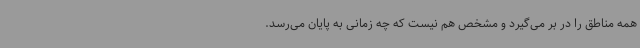
همه مناطق را در بر می‌گیرد و مشخص هم نیست که چه زمانی به پایان می‌رسد.